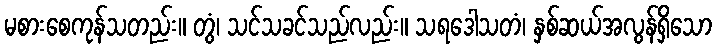
မစားစေကုန်သတည်း။ တွံ၊ သင်သခင်သည်လည်း။ သရဒေါသတံ၊ နှစ်ဆယ်အလွန်ရှိသော